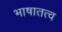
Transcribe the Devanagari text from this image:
भाषातत्व